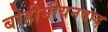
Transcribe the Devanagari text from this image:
बोहीमीयनवाद